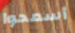
أسمحوا